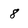
Character: 8